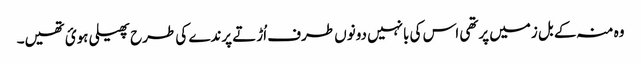
وہ منہ کے بل زمیں پرتھی اس کی بانہیں دونوں طرف اُڑتے پرندے کی طرح پھیلی ہوئ تھیں۔